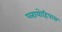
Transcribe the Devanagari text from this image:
प्लायोहिपास